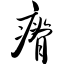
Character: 瘠